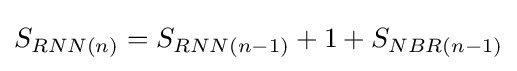
S_{RNN(n)}=S_{RNN(n-1)}+1+S_{NBR(n-1)}